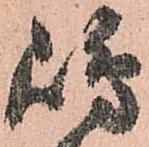
嶋